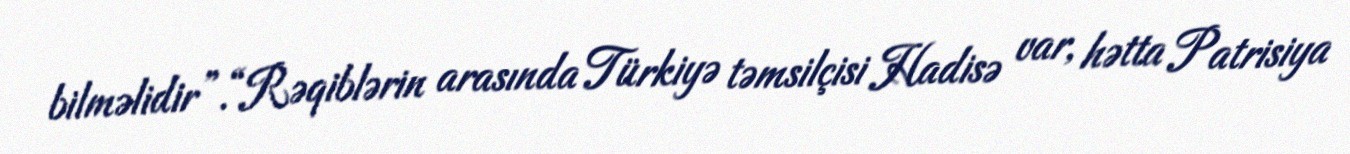
bilməlidir”.“Rəqiblərin arasında Türkiyə təmsilçisi Hadisə var, hətta Patrisiya